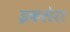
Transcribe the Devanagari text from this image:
इकलेरा